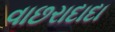
વાછરાદાદા